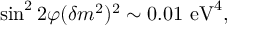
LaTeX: \sin ^ { 2 } 2 \varphi ( \delta m ^ { 2 } ) ^ { 2 } \sim 0 . 0 1 \mathrm { ~ e V } ^ { 4 } ,